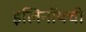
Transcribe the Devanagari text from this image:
इलिनॉयची